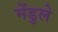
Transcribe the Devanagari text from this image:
मेंडुले